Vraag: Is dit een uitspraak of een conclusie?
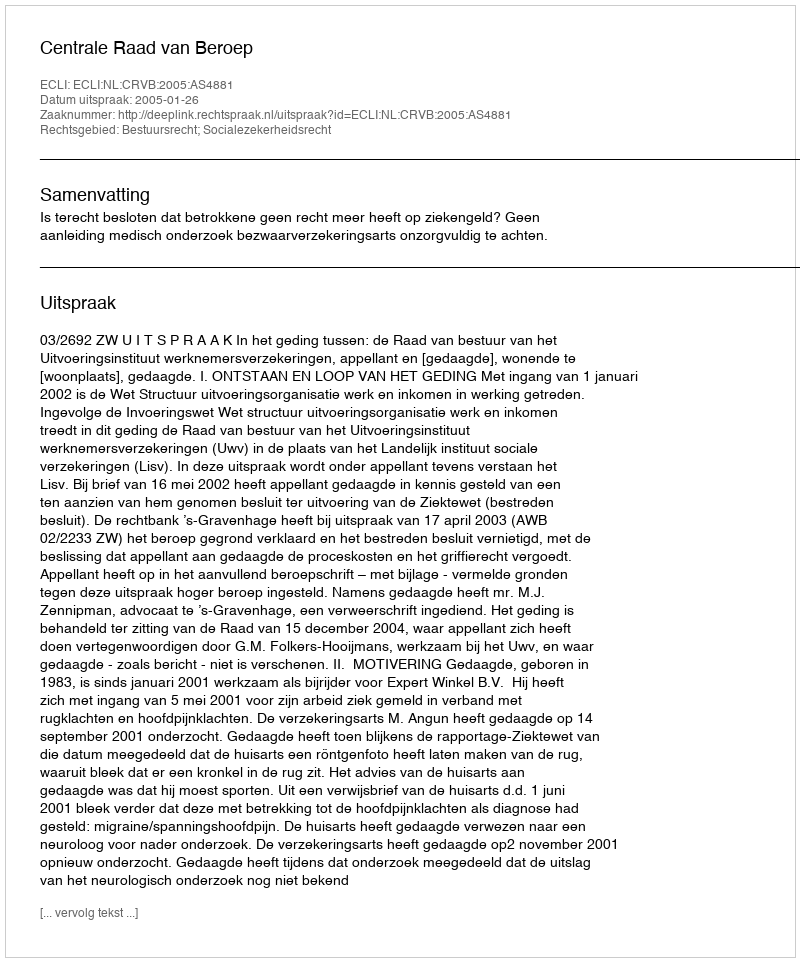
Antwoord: Uitspraak